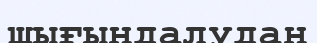
шығындалудан